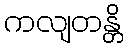
ကလျတန္တိ